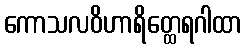
ကောသလဝိဟာရိတ္ထေရဂါထာ